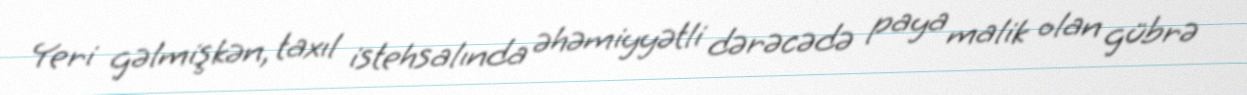
Yeri gəlmişkən, taxıl istehsalında əhəmiyyətli dərəcədə paya malik olan gübrə